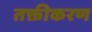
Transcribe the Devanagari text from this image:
तक्तीकरण